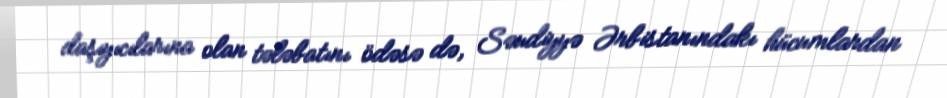
daşıyıcılarına olan tələbatını ödəsə də, Səudiyyə Ərbistanındakı hücumlardan